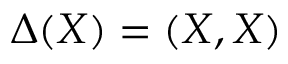
\Delta ( X ) = ( X , X )